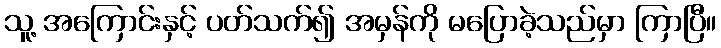
သူ့ အကြောင်းနှင့် ပတ်သက်၍ အမှန်ကို မပြောခဲ့သည်မှာ ကြာပြီ။